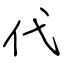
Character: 代